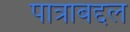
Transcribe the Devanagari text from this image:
पात्राबद्दल